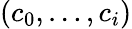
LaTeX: (c_{0},\ldots,c_{i})